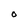
Character: O